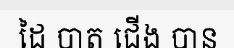
ដៃ បាត ជើង បាន